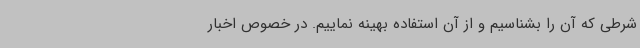
شرطی که آن را بشناسیم و از آن استفاده بهینه نماییم. در خصوص اخبار